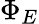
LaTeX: \Phi_{E}